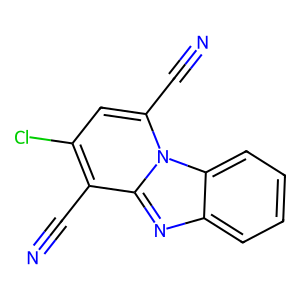
SMILES: N#Cc1c(Cl)cc(C#N)n2c1nc1ccccc12
Inhibits HIV replication: No